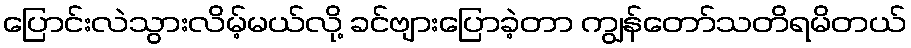
ပြောင်းလဲသွားလိမ့်မယ်လို့ ခင်ဗျားပြောခဲ့တာ ကျွန်တော်သတိရမိတယ်